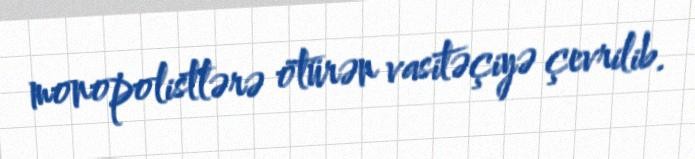
monopolistlərə ötürən vasitəçiyə çevrilib.